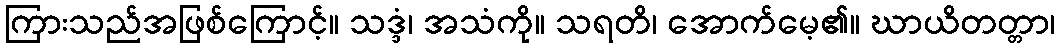
ကြားသည်အဖြစ်ကြောင့်။ သဒ္ဒံ၊ အသံကို။ သရတိ၊ အောက်မေ့၏။ ဃာယိတတ္တာ၊